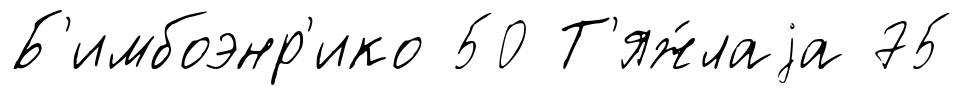
Б'имбоэнр'ико 50 Т'яж́лаjа 75